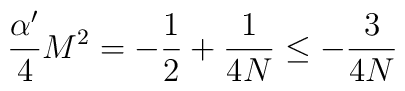
\frac{\alpha'}4 M^2 = -\frac12+\frac1{4N} \le -\frac3{4N}